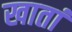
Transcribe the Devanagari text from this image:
खातां